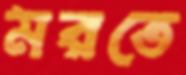
মরতে